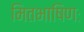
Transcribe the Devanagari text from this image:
मितभाषिणः